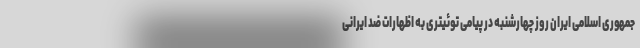
جمهوری اسلامی ایران روز چهارشنبه در پیامی توئیتری به اظهارات ضد ایرانی